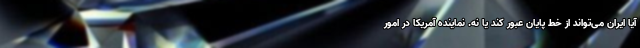
آیا ایران می‌تواند از خط پایان عبور کند یا نه. نماینده آمریکا در امور